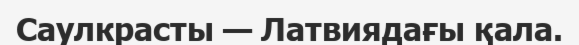
Саулкрасты — Латвиядағы қала.